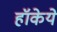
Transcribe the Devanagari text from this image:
हॉकेये